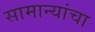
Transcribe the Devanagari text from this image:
सामान्यांचा